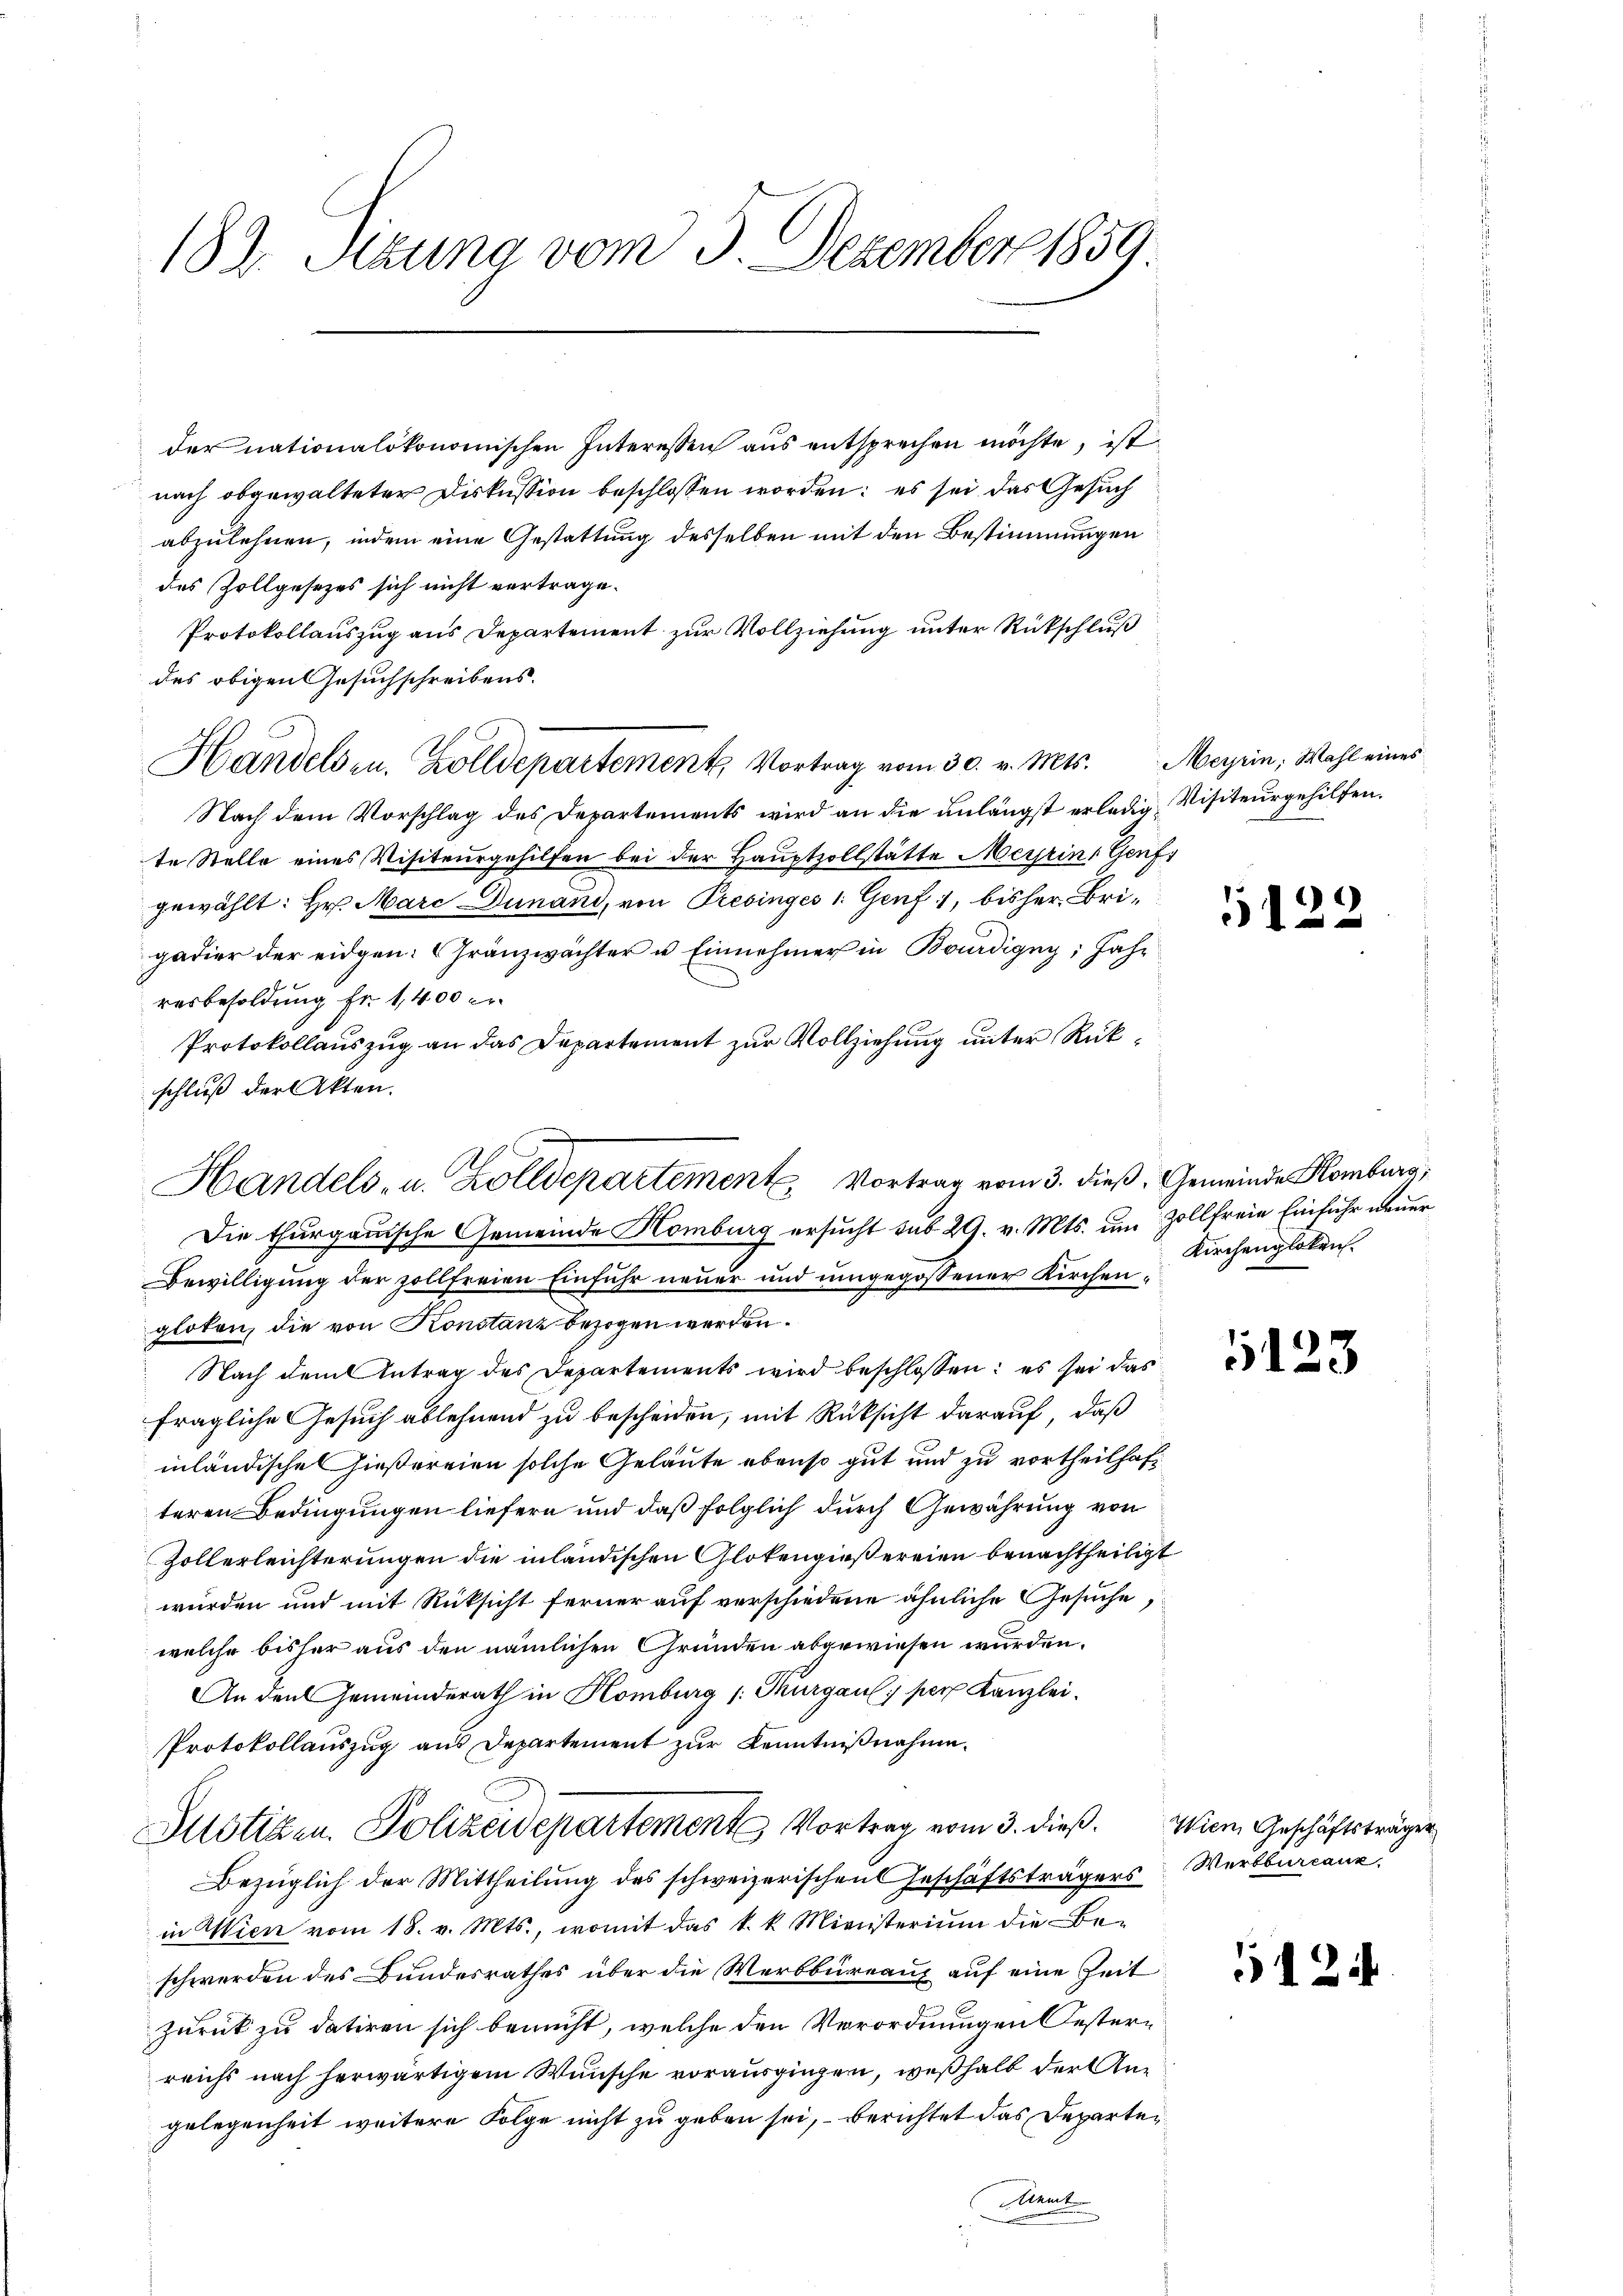
184. Sitzung vom 3. Dezember 1859

der nationalökonomischen Interessen aus entsprechen möchte, ist
nach obgewalteter Diskussion beschlossen worden: es sei, das Gesuch
abzulehnen, indem eine Gestattung desselben mit den Bestimmungen
des Zollgesetzes sich nicht vertrage.
Protokollauszug aus Departement zur Vollziehung unter Rückschluß
des obigen Gesuchschreibens.
Handelsen. Zolldepartement Vortrag vom 30. v. Mts. Meyrin, Wahl eines
Nach dem Vorschlag des Departements wird an die unlängst erledig Visiteurgehilfen.
te Stelle eines Visiteurgehilfen bei der Hauptzollstätte Meyrin, Genf
gewählt: Hr. Marc Dunand, von Presinges 1. Genf 1, bisher Brigadier der eidgen: Gränzwächter u. Einnehmer in Bourdigny, Jahr
resbesoldung fr. 1,400 er
Protokollauszug an das Departement zur Vollziehung unter Rückschluß der Akten.
Bewilligung der sollfreien Einfuhr neuer und umgegossener Kirchengloten, die von Konstanz bezogen werden.
Nach dem Antrag des Departements wird beschlossen: es sei das
fragliche Gesuch ablehnend zu bescheiden, mit Rücksicht darauf, daß
inländischen hießereien solche Geläute ebenso gut und zu vortheilhaft
teren Bedingungen liefern und daß folglich durch Gewährung von
Zollerleichterungen die inländischen Glotengießereien benachtheiligt
wurden und mit Rücksicht ferner auf verschiedene ähnliche Gesuche
welche bisher aus den nämlichen Gründen abgewiesen wurden.
An den Gemeinderath in Homburg /: Thurgau, per Kanzlei.
Protokollauszug aus Departement zur Kenntnißnahme.
Justizen. Polizeidepartements Vortrag vom 3. dieß. Wien Geschäftsträger
Bezüglich der Mittheilung des schweizerischen Geschäftsträgers Wertburcanz
in Wien vom 18. v. Mts., womit das k. k. Ministerium die Be-
schwerden des Bundesrathes über die Werbbüreaux auf eine Zeit
zurück zu datiren sich bemüht, welche den Verordnungen Oesterreichs nach herwärtigem Wunsche vorausgingen, weßhalb der Angelegenheit weitere Folge nicht zu geben sei, berichtet das Departeient

Handels- u. Zolldepartement. Vortrag vom 3. dieß. Gemeinde Homburg,
Die thurgauische Gemeinde Homburg ersucht sub 29. v. Mts. um Zollfreie Einfuhr neuer

5122

Kirchengloten.

1123

12